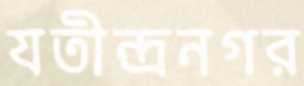
যতীন্দ্রনগর